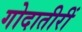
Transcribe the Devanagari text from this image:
गोदातीरीं